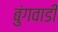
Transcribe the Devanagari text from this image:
बुंगवाडी